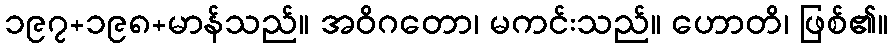
၁၉၇+၁၉၈+မာန်သည်။ အဝိဂတော၊ မကင်းသည်။ ဟောတိ၊ ဖြစ်၏။